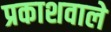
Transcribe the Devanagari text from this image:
प्रकाशवाले